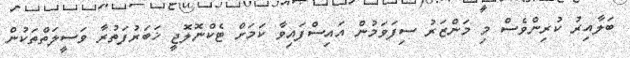
ބަލާއިރު ކުރިންވެސް މި މަންޒަރު ސިފަވަމުން އައިސްފައިވާ ކަމަށް ޓެކްނޮލޮޖީ ޚަބަރުފަތުރާ ވަސީލަތްތަކުން